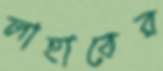
লাহাবের